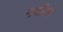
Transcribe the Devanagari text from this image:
नर्वोरम